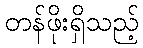
တန်ဖိုးရှိသည့်